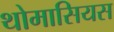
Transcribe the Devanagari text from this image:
थोमासियस